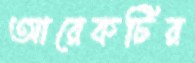
আরেকটির